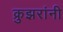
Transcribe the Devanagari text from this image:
क्रुझरांनी